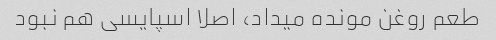
طعم روغن مونده میداد، اصلا اسپایسی هم نبود